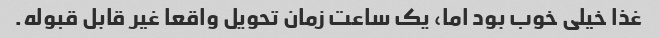
غذا خیلی خوب بود اما، یک ساعت زمان تحویل واقعا غیر قابل قبوله.